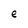
Character: e